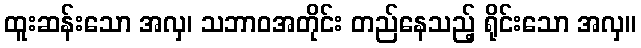
ထူးဆန်းသော အလှ၊ သဘာဝအတိုင်း တည်နေသည့် ရိုင်းသော အလှ။